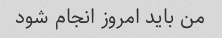
من باید امروز انجام شود